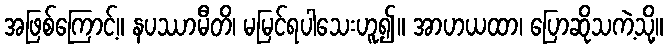
အဖြစ်ကြောင့်။ နပဿာမီတိ၊ မမြင်ရပါသေးဟူ၍။ အာဟယထာ၊ ပြောဆိုသကဲ့သို့။